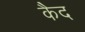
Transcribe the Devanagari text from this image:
कैेद